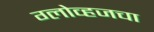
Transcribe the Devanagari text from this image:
ग्लोव्हजचा